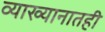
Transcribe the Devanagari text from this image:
व्याख्यानातही